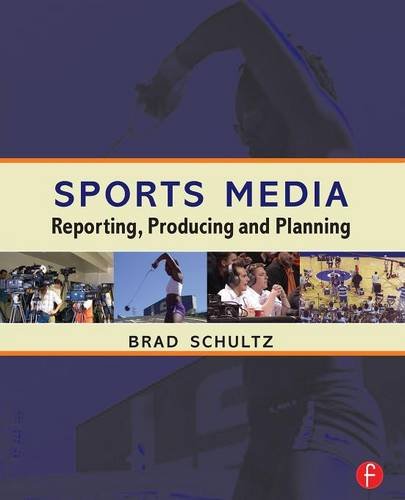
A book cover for Sports Media:  Reporting, Producing and Planning; Bradl Schultz; Sports & Outdoors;